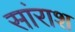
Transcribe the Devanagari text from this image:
सांराश